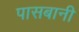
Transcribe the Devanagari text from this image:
पासबानी